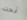
نحت